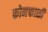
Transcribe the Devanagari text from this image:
कोनफाळी